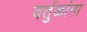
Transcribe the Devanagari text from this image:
वर्तुळांना